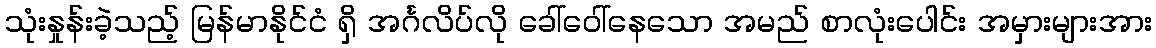
သုံးနှုန်းခဲ့သည့် မြန်မာနိုင်ငံ ရှိ အင်္ဂလိပ်လို ခေါ်ဝေါ်နေသော အမည် စာလုံးပေါင်း အမှားများအား